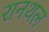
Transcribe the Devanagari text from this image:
रानथल